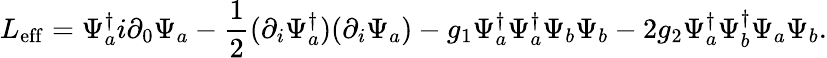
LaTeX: L_{\mathrm{eff}}=\Psi_{a}^{\dagger}i\partial_{0}\Psi_{a}-{\frac{1}{2}}(\partial_{i}\Psi_{a}^{\dagger})(\partial_{i}\Psi_{a})-g_{1}\Psi_{a}^{\dagger}\Psi_{a}^{\dagger}\Psi_{b}\Psi_{b}-2g_{2}\Psi_{a}^{\dagger}\Psi_{b}^{\dagger}\Psi_{a}\Psi_{b}.